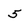
Character: 5